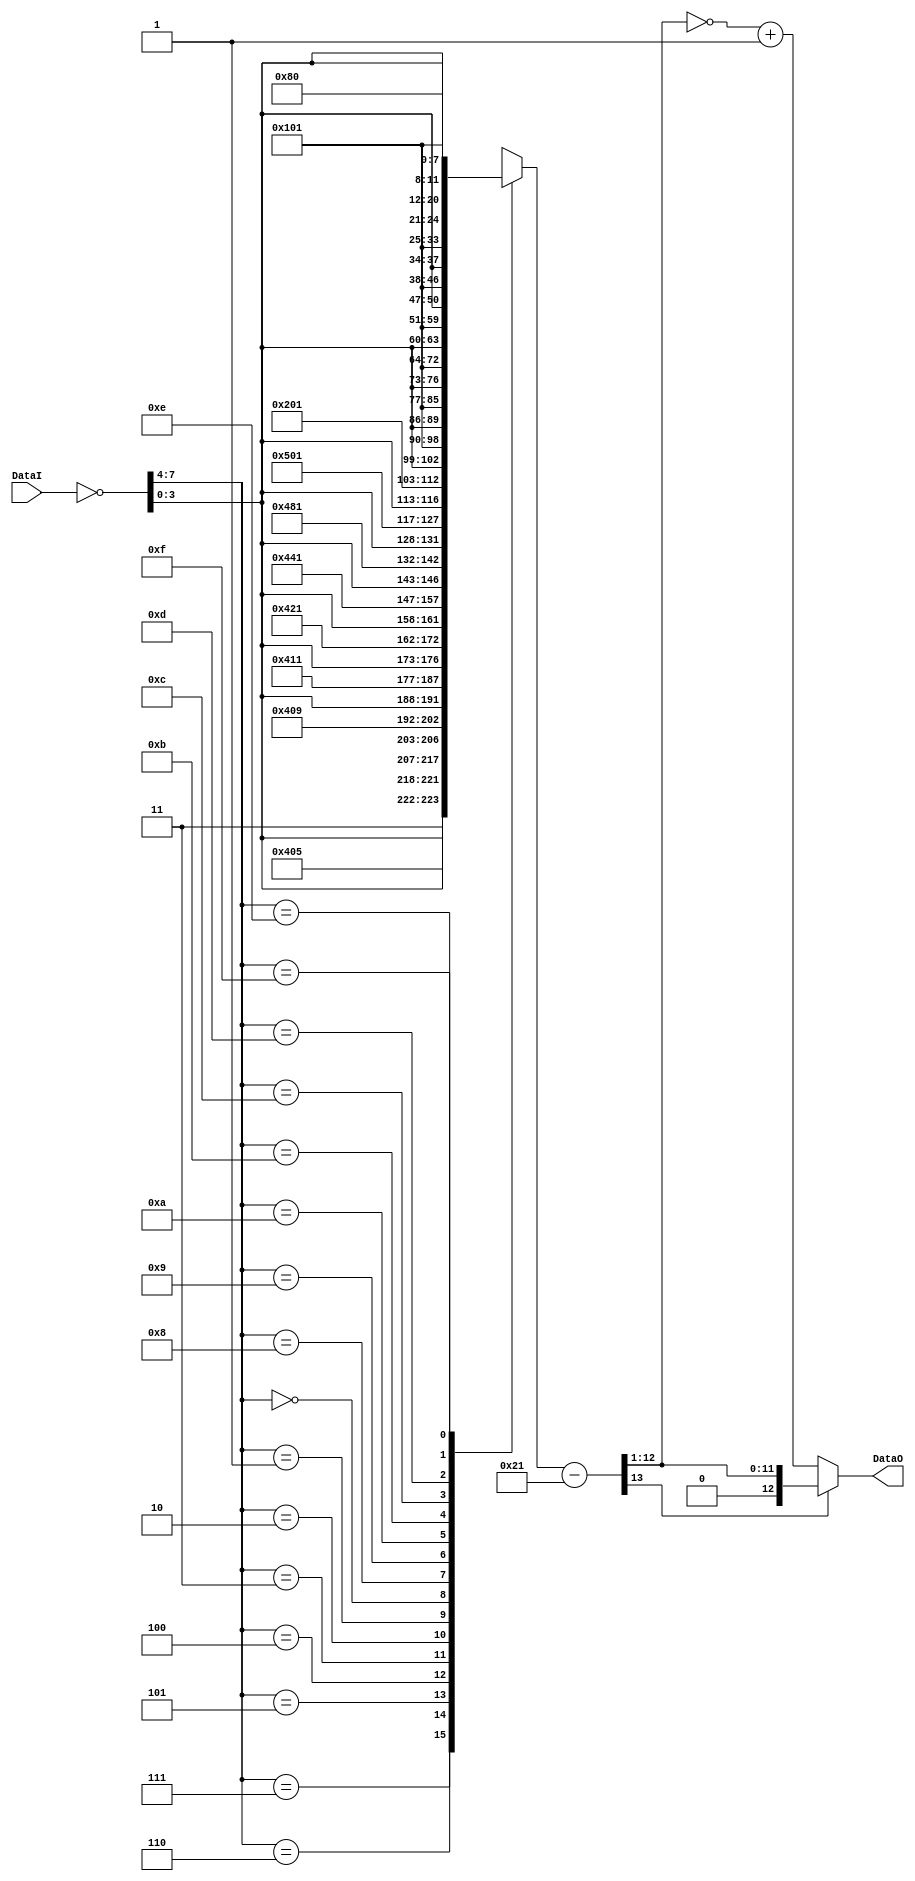
module MLAW2LIN       (	DataI, DataO );

   input  [07:00]    	DataI;				// data input - Mu-law

   output [12:00]	DataO;				// data output - linear 2's complement


// *******************************************************************************************************
// **   DECLARATIONS                                                            			**
// *******************************************************************************************************

   wire [07:00]		DataI_N;			// bit-wise inverted input
   wire	[12:00]		DataO;				// linear data output - 2's complement

   reg	[13:00]		BiasedData;			// linear data - biased
   wire [12:00]		LinearData;			// linear data - unsigned


// *******************************************************************************************************
// **   FORMAT CONVERSION										**
// *******************************************************************************************************
// -------------------------------------------------------------------------------------------------------
//      1.01:  Mu-Law Input Inversion
// -------------------------------------------------------------------------------------------------------

   assign DataI_N = ~DataI;

// -------------------------------------------------------------------------------------------------------
//      1.02:  Mu-Law to Linear Table
// -------------------------------------------------------------------------------------------------------

   always @(DataI_N) begin
      casex(DataI_N) 
         8'b0111xxxx :	BiasedData = {2'b11,DataI_N[03:00],8'b10000000}; // + full scale
         8'b0110xxxx :	BiasedData = {3'b101,DataI_N[03:00],7'b1000000};
         8'b0101xxxx :	BiasedData = {4'b1001,DataI_N[03:00],6'b100000};
         8'b0100xxxx :	BiasedData = {5'b10001,DataI_N[03:00],5'b10000};
         8'b0011xxxx :	BiasedData = {6'b100001,DataI_N[03:00],4'b1000};
         8'b0010xxxx :	BiasedData = {7'b1000001,DataI_N[03:00],3'b100};
         8'b0001xxxx :	BiasedData = {8'b10000001,DataI_N[03:00],2'b10};
         8'b0000xxxx :	BiasedData = {9'b100000001,DataI_N[03:00],1'b1}; // + zero

         8'b1000xxxx :	BiasedData = {9'b000000001,DataI_N[03:00],1'b1}; // - zero
         8'b1001xxxx :	BiasedData = {8'b00000001,DataI_N[03:00],2'b10};
         8'b1010xxxx :	BiasedData = {7'b0000001,DataI_N[03:00],3'b100};
         8'b1011xxxx :	BiasedData = {6'b000001,DataI_N[03:00],4'b1000};
         8'b1100xxxx :	BiasedData = {5'b00001,DataI_N[03:00],5'b10000};
         8'b1101xxxx :	BiasedData = {4'b0001,DataI_N[03:00],6'b100000};
         8'b1110xxxx :	BiasedData = {3'b001,DataI_N[03:00],7'b1000000};
         8'b1111xxxx :	BiasedData = {2'b01,DataI_N[03:00],8'b10000000}; // - full scale
      endcase
   end

// -------------------------------------------------------------------------------------------------------
//      1.03:  Linear Output Unbias
// -------------------------------------------------------------------------------------------------------

   assign LinearData = (BiasedData - 33) >> 1;

// -------------------------------------------------------------------------------------------------------
//      1.04:  Linear 2's Complement
// -------------------------------------------------------------------------------------------------------

   assign DataO = LinearData[12] ? {1'b0,LinearData[11:00]} : {1'b1,(~LinearData[11:00] + 1)};

endmodule